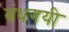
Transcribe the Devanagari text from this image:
बंधगयी